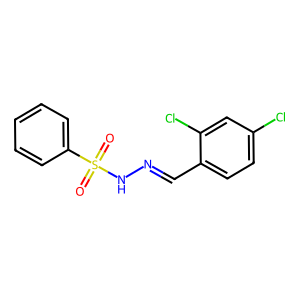
SMILES: O=S(=O)(NN=Cc1ccc(Cl)cc1Cl)c1ccccc1
Inhibits HIV replication: No